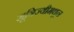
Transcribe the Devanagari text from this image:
सूत्रिज्यीमधून